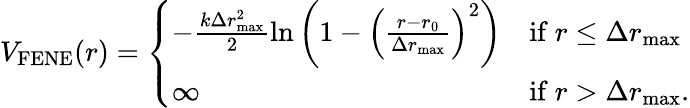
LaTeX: \begin{array}{r}{V_{\mathrm{FENE}}(r)=\left\{ \begin{array}{ll}{-\frac{k\Delta r_{\mathrm{max}}^{2}}{2}\ln\left(1-\left(\frac{r-r_{0}}{\Delta r_{\mathrm{max}}}\right)^{2}\right)}&{\mathrm{if~}r\leq\Delta r_{\mathrm{max}}}\\ {\infty}&{\mathrm{if~}r>\Delta r_{\mathrm{max}}.}\end{array}\right.}\end{array}